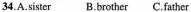
34.A.sister B.brother C.father